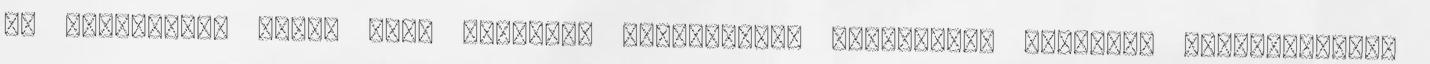
az evangélium tárja fel, amelynek világméretű hirdetését Krisztus megjövendölte